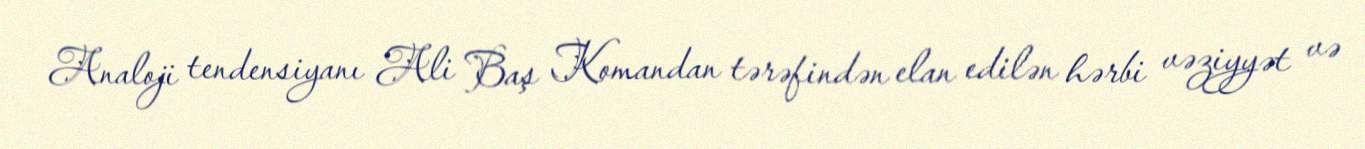
Analoji tendensiyanı Ali Baş Komandan tərəfindən elan edilən hərbi vəziyyət və